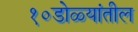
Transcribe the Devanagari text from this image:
१०डोळ्यांतील